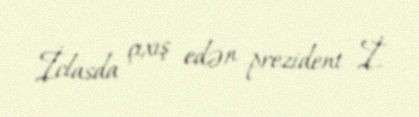
İclasda çıxış edən prezident İ.